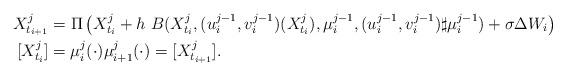
LaTeX: \begin{align*} X_{t_{i+1}}^{j} &= \Pi \left(X_{t_{i}}^{j} + h \ B(X_{t_i}^{j}, (u^{j-1}_i,v^{j-1}_i)(X_{t_{i}}^{j}), \mu^{j-1}_i, (u^{j-1}_i,v^{j-1}_i)\sharp\mu^{j-1}_i ) + \sigma \Delta W_{i} \right) \\ [X_{t_{i}}^{j}] &= \mu^j_i(\cdot) \mu^j_{i+1}(\cdot) = [X_{t_{i+1}}^{j}].\end{align*}